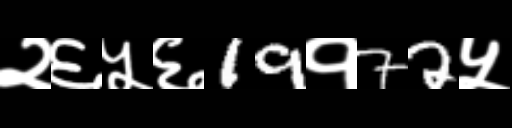
Text: २६५६19१72५